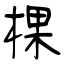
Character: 棵